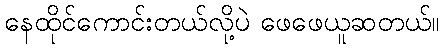
နေထိုင်ကောင်းတယ်လို့ပဲ ဖေဖေယူဆတယ်။